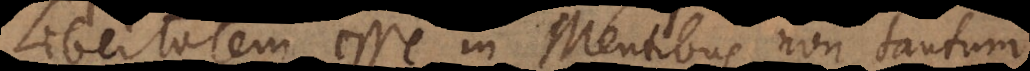
Libertatem esse in Mentibus non tantum